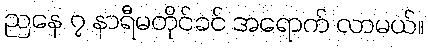
ညနေ ၇ နာရီမတိုင်ခင် အရောက် လာမယ်။